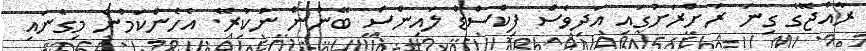
ރާއްޖޭގެ ގިނަ ރަށްރަށުގައި އަދިވެސް ފިކްސްޑް ލައިންސް ބޭނުން ނުކުރޭ. އެހެންކަމުން މިގެނައި